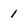
Character: 1